DOW-UAP-D48, Department of the Air Force Report, 1996
Agency: Department of War
Incident date: 9/10/96
Page 58
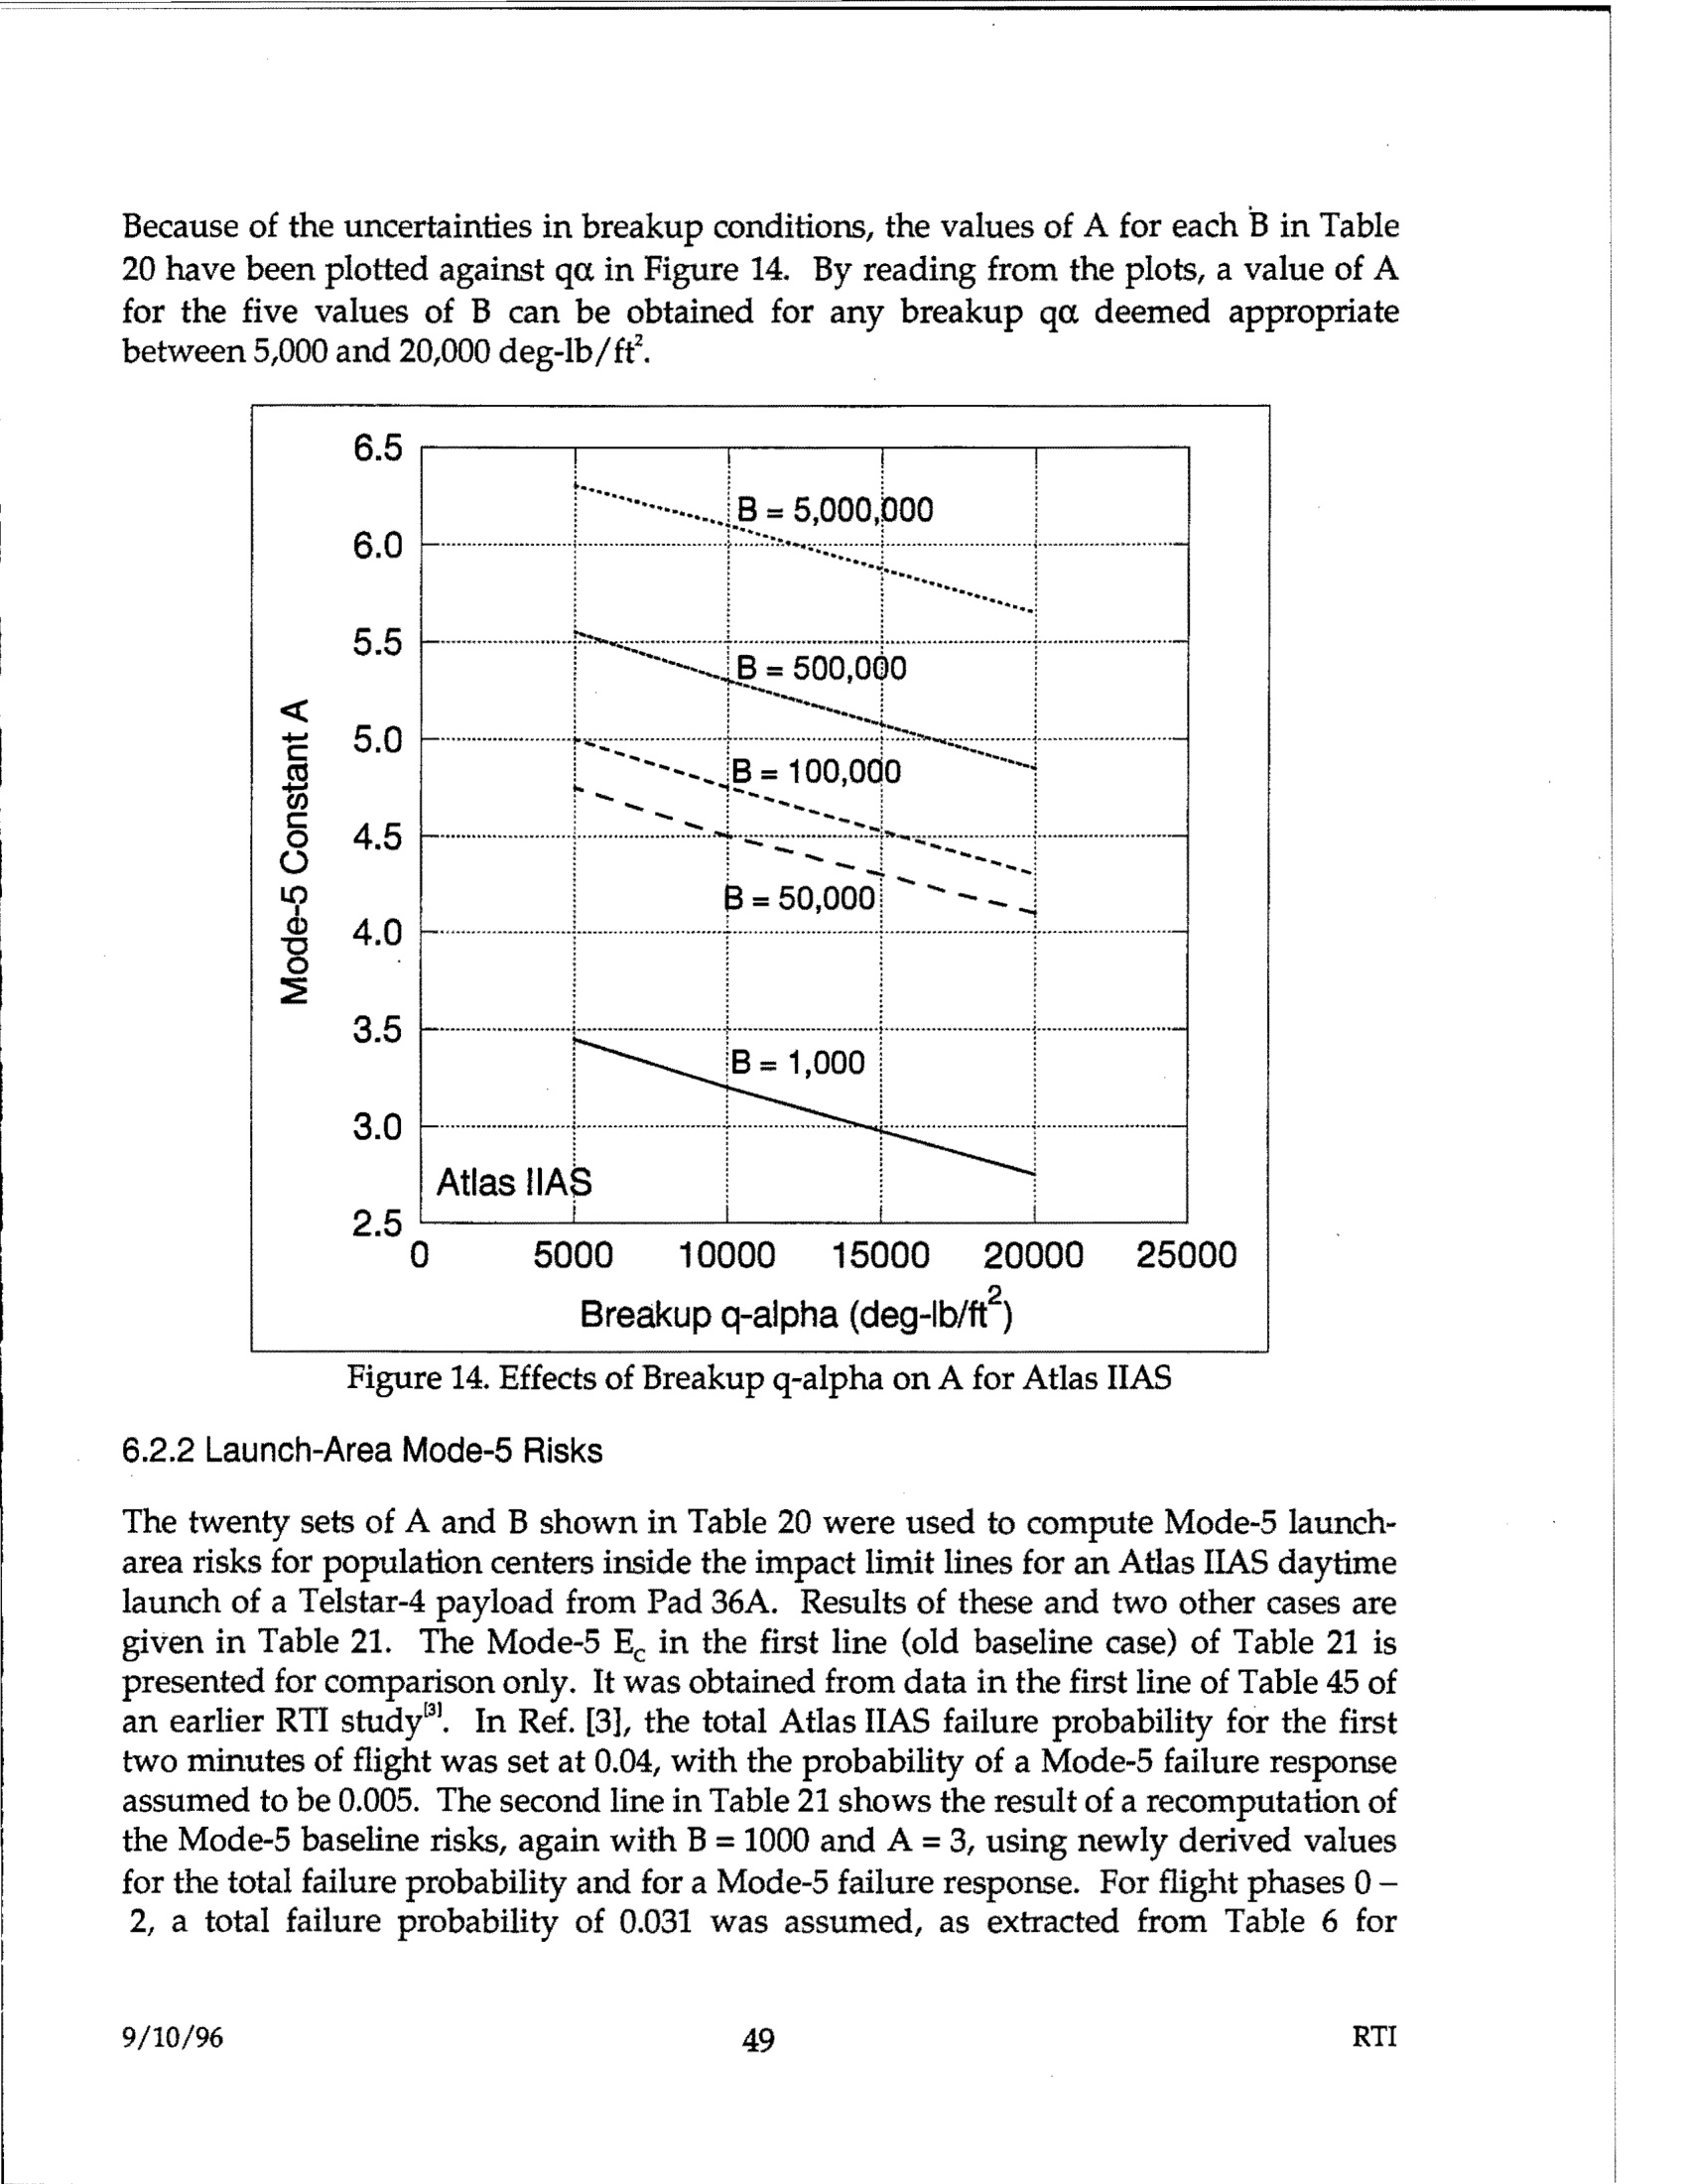